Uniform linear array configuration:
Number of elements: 4
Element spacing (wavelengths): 0.5
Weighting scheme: blackman
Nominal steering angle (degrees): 15
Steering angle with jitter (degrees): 16.229
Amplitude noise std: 0.05
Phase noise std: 0.05

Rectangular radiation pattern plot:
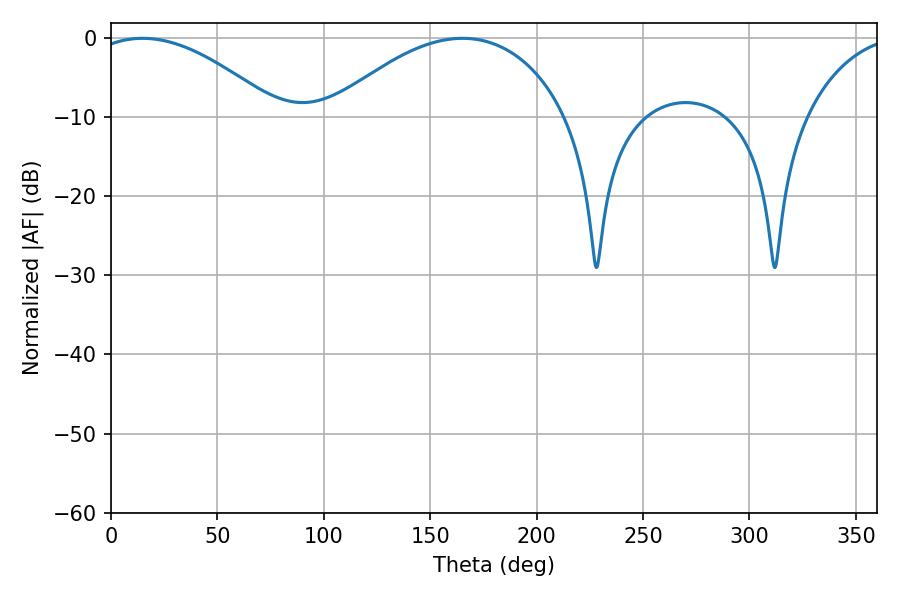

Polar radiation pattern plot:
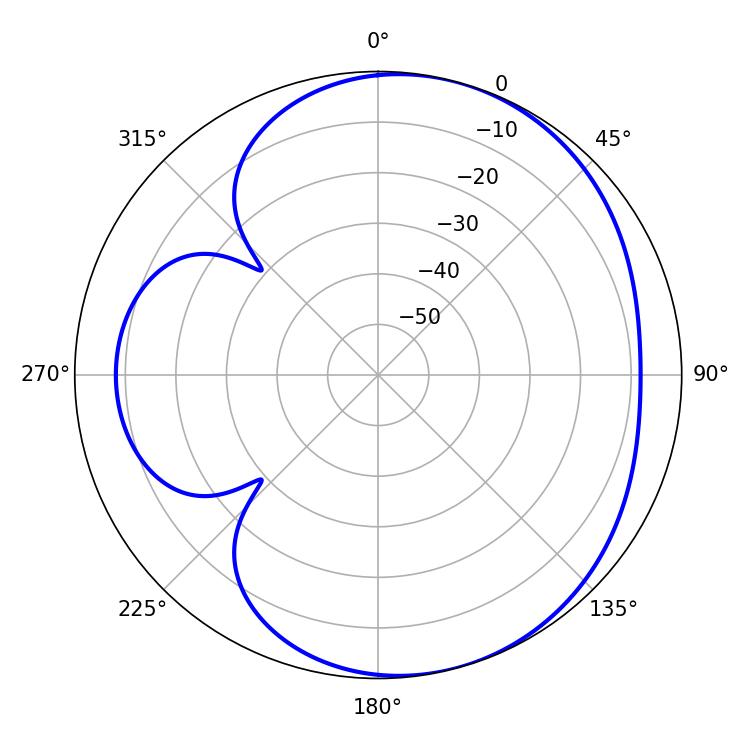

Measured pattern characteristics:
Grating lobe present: FALSE
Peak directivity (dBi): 4.931
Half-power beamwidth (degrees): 48.96
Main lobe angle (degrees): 14.76